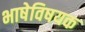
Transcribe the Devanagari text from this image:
भाषेविषयक